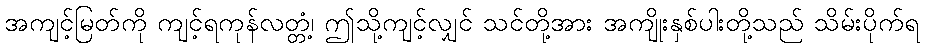
အကျင့်မြတ်ကို ကျင့်ရကုန်လတ္တံ့၊ ဤသို့ကျင့်လျှင် သင်တို့အား အကျိုးနှစ်ပါးတို့သည် သိမ်းပိုက်ရ